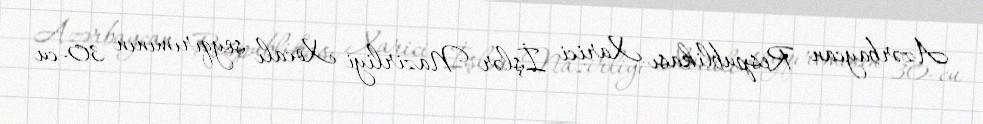
Azərbaycan Respublikası Xarici İşlər Nazirliyi Xocalı soyqırımının 30-cu